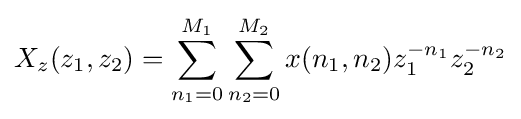
X_{z}(z_{1},z_{2})=\sum _{n_{1}=0}^{M_{1}}\sum _{n_{2}=0}^{M_{2}}x(n_{1},n_{2})z_{1}^{-n_{1}}z_{2}^{-n_{2}}